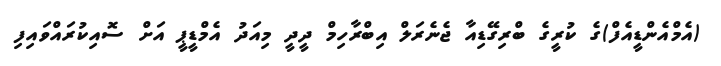
(އެމްއެންޑީއެފް)ގެ ކުރީގެ ބްރިގޭޑިއާ ޖެނެރަލް އިބްރާހިމް ދީދީ މިއަދު އެމްޑީޕީ އަށް ސޮއިކުރައްވައިފި